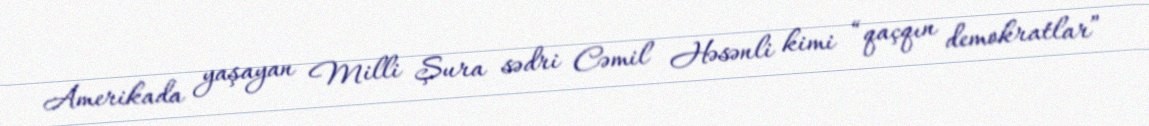
Amerikada yaşayan Milli Şura sədri Cəmil Həsənli kimi “qaçqın demokratlar”